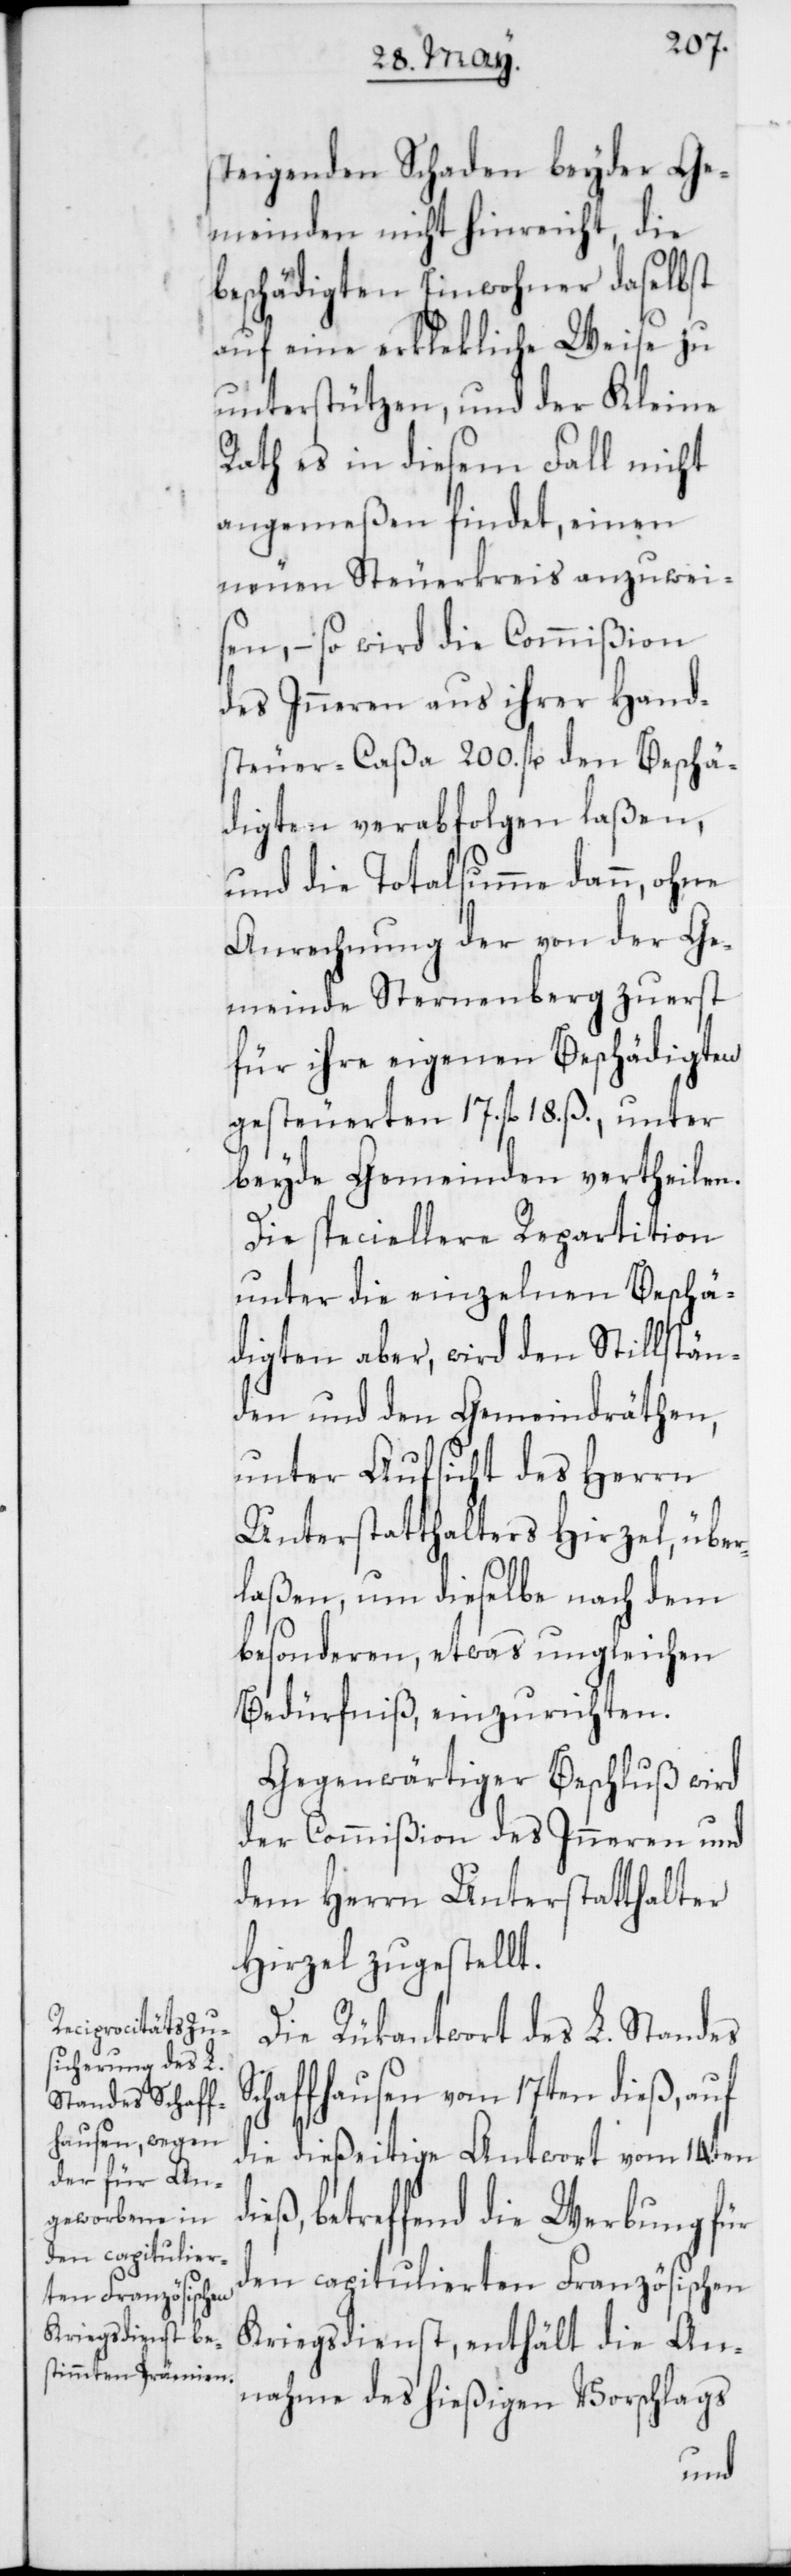
steigenden Schaden beyder Ge¬
meinden nicht hinreicht, die
beschädigten Einwohner daselbst
auf eine erklekliche Weise zu
unterstützen, und der Kleine
Rath es in diesem Fall nicht
angemeßen findet, einen
neuen Steuerkreis anzuwei¬
sen, – so wird die Commißion
des Inneren aus ihrer Hand¬
steuer-Caßa 200 fl. den Beschä¬
digten verabfolgen laßen,
und die Totalsumme dann, ohne
Anrechnung der von der Ge¬
meinde Sternenberg zuerst
für ihre eigenen Beschädigten
gesteuerten 17. fl. 18. ß, unter
beyde Gemeinden vertheilen.
Die speciellere Repartition
unter die einzelnen Beschä¬
digten aber, wird den Stillstän¬
den und den Gemeindräthen,
unter Aufsicht des Herrn
Unterstatthalters Hirzel, über¬
laßen, um dieselbe nach dem
besonderen, etwas ungleichen
Bedürfniß, einzurichten.
Gegenwärtiger Beschluß wird
der Commißion des Inneren und
dem Herrn Unterstatthalter
Hirzel zugestellt.
Die Rükantwort des L. Standes
chaffhausen vom 17ten dieß, auf
die dießeitige Antwort vom 14ten
betreffend die Werbung für
den capitulierten Französischen
Kriegsdienst, enthält die An¬
nahme des hießigen Vorschlags
S¬